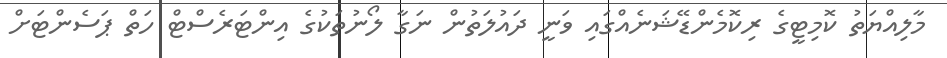
މާލިއްޔަތު ކޮމިޓީގެ ރިކޮމެންޑޭޝަނެއްގައި ވަނީ ދައުލަތުން ނަގާ ލޯނުތަކުގެ އިންޓަރެސްޓް ހަތް ޕަސެންޓަށް